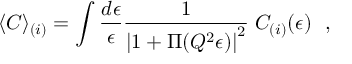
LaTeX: \langle C \rangle _ { ( i ) } = \int \frac { d \epsilon } { \epsilon } \frac { 1 } { \left| 1 + \Pi ( Q ^ { 2 } \epsilon ) \right| ^ { 2 } } \; { \cal C } _ { ( i ) } ( \epsilon ) ~ ~ ,